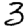
Digit: 3